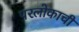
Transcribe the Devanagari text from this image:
परलोकाची